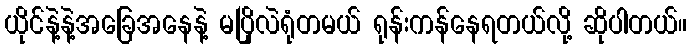
ယိုင်နဲ့နဲ့အခြေအနေနဲ့ မပြိုလဲရုံတမယ် ရုန်းကန်နေရတယ်လို့ ဆိုပါတယ်။